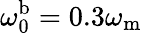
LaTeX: \omega_{\mathrm{0}}^{\mathrm{b}}=0.3\omega_{\mathrm{m}}